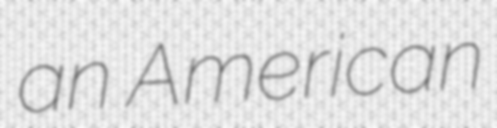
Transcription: an American